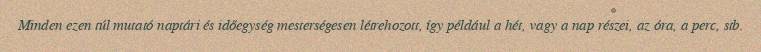
Minden ezen túl mutató naptári és időegység mesterségesen létrehozott, így például a hét, vagy a nap részei, az óra, a perc, stb.